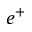
e ^ { + }